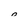
Character: o